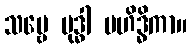
သဗ္ဗေ ဗုဒ္ဓါ မဟိဒ္ဓိကာ။